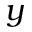
y